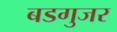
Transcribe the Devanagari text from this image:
बडगुजर